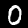
Digit: 0